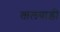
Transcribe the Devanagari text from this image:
तालवाड़ी